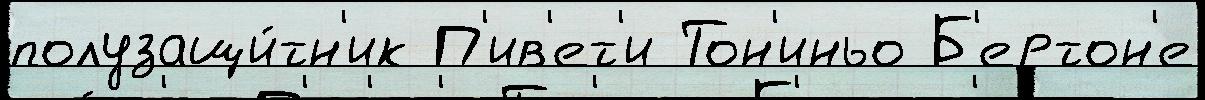
полузащи́тн'ик П'ив'ет'и Тон'иньо Б'ертон'е